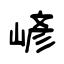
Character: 嵃